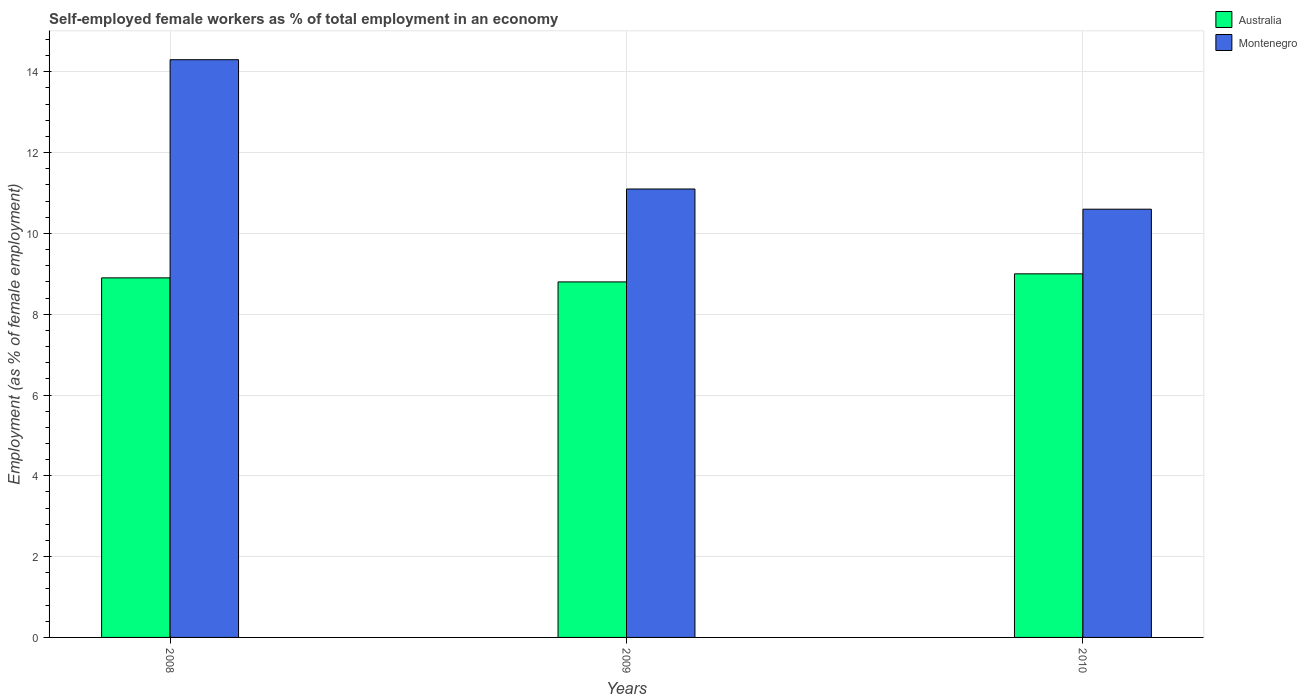
| Years | Australia | Montenegro |
 | --- | --- | --- |
 | 2008 | 8.9 | 14.3 |
 | 2009 | 8.8 | 11.1 |
 | 2010 | 9 | 10.6 |